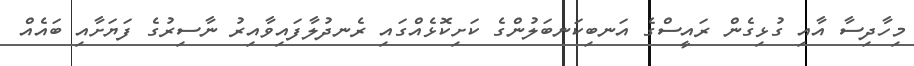
މިހާދިސާ އާއި ގުޅިގެން ރައީސްގެ އަނބިކަނބަލުންގެ ކަށިކޮޅެއްގައި ރެނދުލާފައިވާއިރު ނާސިރުގެ ފަޔަށާއި ބައެއް